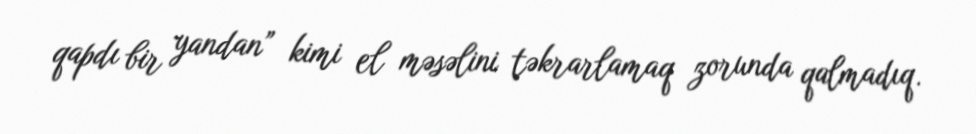
qapdı bir yandan” kimi el məsəlini təkrarlamaq zorunda qalmadıq.